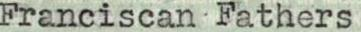
Franciscan Fathers